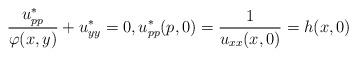
LaTeX: \begin{align*}\frac{u^*_{pp}}{\varphi(x,y)} + u^*_{yy} = 0, u^*_{pp}(p,0) = \frac{1}{u_{xx}(x,0)} = h(x,0) \end{align*}